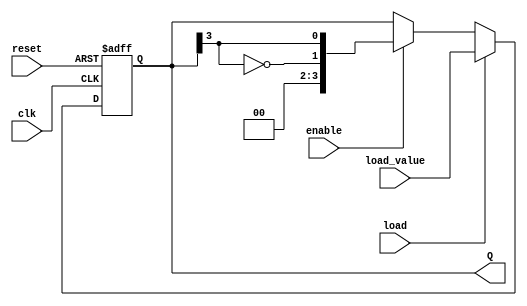
module JohnsonCounter #(
    parameter N = 4  // Number of flip-flops
)(
    input wire clk,          // Clock input
    input wire reset,        // Asynchronous reset
    input wire enable,       // Enable signal
    input wire load,         // Load signal
    input wire [N-1:0] load_value, // Value to load into the counter
    output reg [N-1:0] Q     // Current state of the counter
);

// Internal signal for the inverted last flip-flop
wire feedback;

assign feedback = ~Q[N-1]; // Inverted output of the last flip-flop

always @(posedge clk or posedge reset) begin
    if (reset) begin
        Q <= 0; // Reset the counter to 0
    end else if (load) begin
        Q <= load_value; // Load the specified value
    end else if (enable) begin
        Q <= {feedback, Q[N-1:N-1]}; // Shift and feed back the inverted last flip-flop
    end
end

endmodule